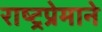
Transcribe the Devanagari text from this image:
राष्ट्रप्रेमाने